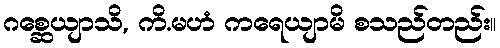
ဂစ္ဆေယျာသိ, ကိ.မဟံ ကရေယျာမိ စသည်တည်း။